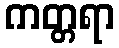
ကတ္တရာ